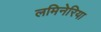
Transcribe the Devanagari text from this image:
लमिनेरिया